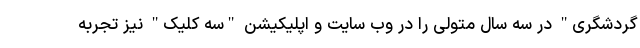
گردشگری" در سه سال متولی را در وب سایت و اپلیکیشن "سه کلیک" نیز تجربه